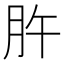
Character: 㬳